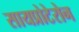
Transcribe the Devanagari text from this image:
सायप्रोटेरोन